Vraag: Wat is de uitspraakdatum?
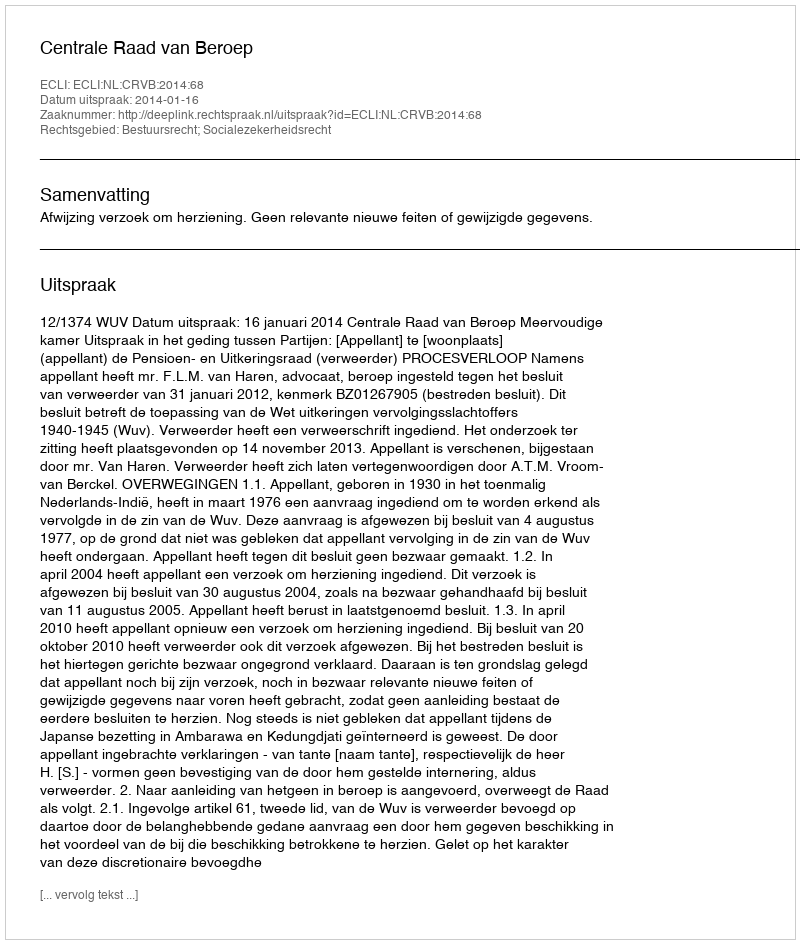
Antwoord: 2014-01-16